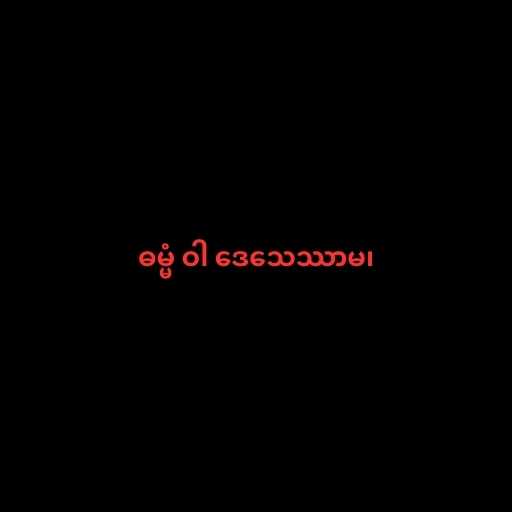
ဓမ္မံ ဝါ ဒေသေဿာမ၊